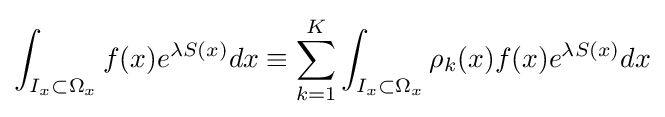
\int _{I_{x}\subset \Omega _{x}}f(x)e^{\lambda S(x)}dx\equiv \sum _{k=1}^{K}\int _{I_{x}\subset \Omega _{x}}\rho _{k}(x)f(x)e^{\lambda S(x)}dx